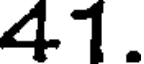
41.